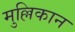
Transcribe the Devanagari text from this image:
मुल्लिकान